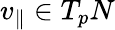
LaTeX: v_{\parallel}\in T_{p}N